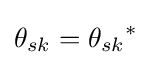
{{\theta }_{sk}}={{\theta }_{sk}}^{*}